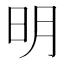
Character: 明